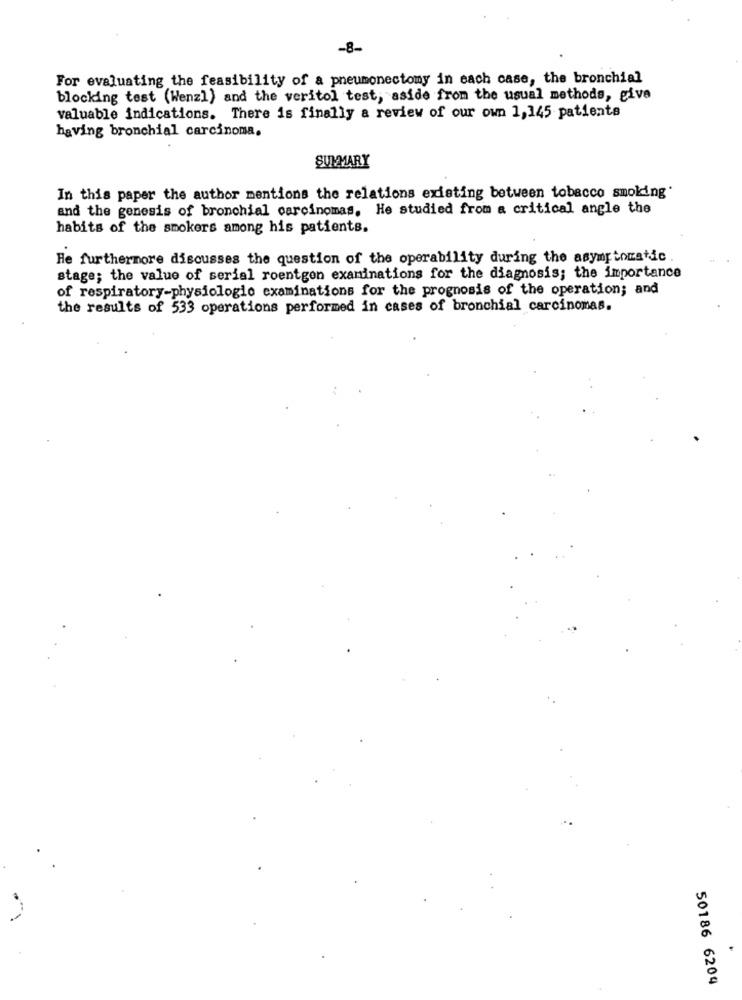
-8-
For evaluating the feasibility of a pneumonectomy in each case, the bronchial
blocking test (Wenzl) and the veritol test, aside from the usual methods, give
valuable indications. There is finally a review of our own 1,145 patients
having bronchial carcinoma.
SUMMARY
In this paper the author mentions the relations existing between tobacco smoking
and the genesis of bronchial carcinomas, He studied from a critical angle the
habits of the smokers among his patients.
He furthermore discusses the question of the operability during the asymptomatic
stage; the value of serial roentgen examinations for the diagnosis; the importance
of respiratory-physiologic examinations for the prognosis of the operation; and
the results of 533 operations performed in cases of bronchial carcinomas.
50186 6204